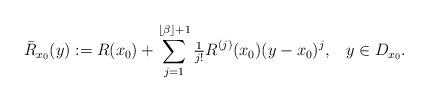
LaTeX: \begin{align*}\bar{R}_{x_0}(y) := R(x_0) + \sum_{j=1}^{\lfloor\beta\rfloor +1} \tfrac{1}{j!} R^{(j)}(x_0) (y-x_0)^j,\;\;\;y\in D_{x_0}. \end{align*}